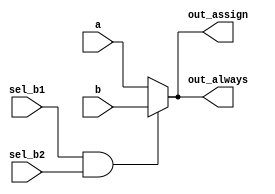
// This program was cloned from: https://github.com/milind7777/VerilogDocGen
// License: MIT License

module always_if (
  input a,
  input b,
  input sel_b1,
  input sel_b2,
  output out_assign,
  output reg out_always

);

  assign out_assign = (sel_b1 & sel_b2) ? b : a;
  always @(*) out_always = (sel_b1 & sel_b2) ? b : a;

endmodule